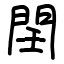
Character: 𨳝